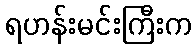
ရဟန်းမင်းကြီးက